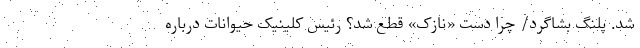
شد. پلنگ بشاگرد/ چرا دست «نازک» قطع شد؟ رئیس کلینیک حیوانات درباره